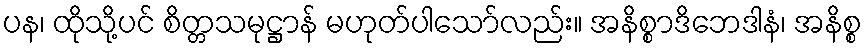
ပန၊ ထိုသို့ပင် စိတ္တသမုဋ္ဌာန် မဟုတ်ပါသော်လည်း။ အနိစ္စာဒိဘေဒါနံ၊ အနိစ္စ